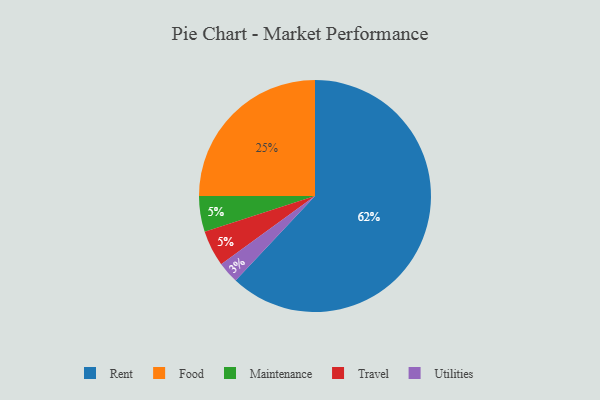
{"axis": {"x": "Category", "y": "Percentage"}, "legend": ["Food", "Maintenance", "Rent", "Travel", "Utilities"], "data": [{"x": "Food", "y": 25, "type": "Food"}, {"x": "Utilities", "y": 3, "type": "Utilities"}, {"x": "Maintenance", "y": 5, "type": "Maintenance"}, {"x": "Rent", "y": 62, "type": "Rent"}, {"x": "Travel", "y": 5, "type": "Travel"}]}